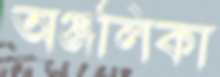
অঞ্জলিকা